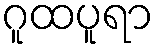
ဂူထပူရာ